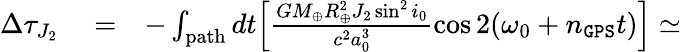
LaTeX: \begin{array}{rlr}{\Delta\tau_{J_{2}}}&{{}=}&{-\int_{\mathrm{path}}dt\Big[\frac{GM_{\oplus}R_{\oplus}^{2}J_{2}\sin^{2}i_{0}}{c^{2}a_{0}^{3}}\cos 2(\omega_{0}+n_{\tt GPS}t)\Big]\simeq}\end{array}